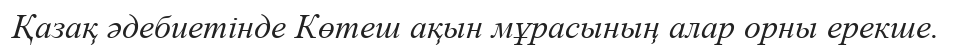
Қазақ әдебиетінде Көтеш ақын мұрасының алар орны ерекше.